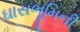
ઘાસભૂમિની